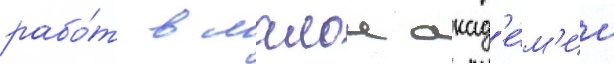
рабо́т в малои акад'е́м'ии